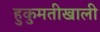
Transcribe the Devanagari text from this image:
हुकुमतीखाली